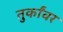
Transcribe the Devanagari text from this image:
तुर्कांवर